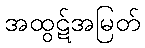
အထွဋ်အမြတ်